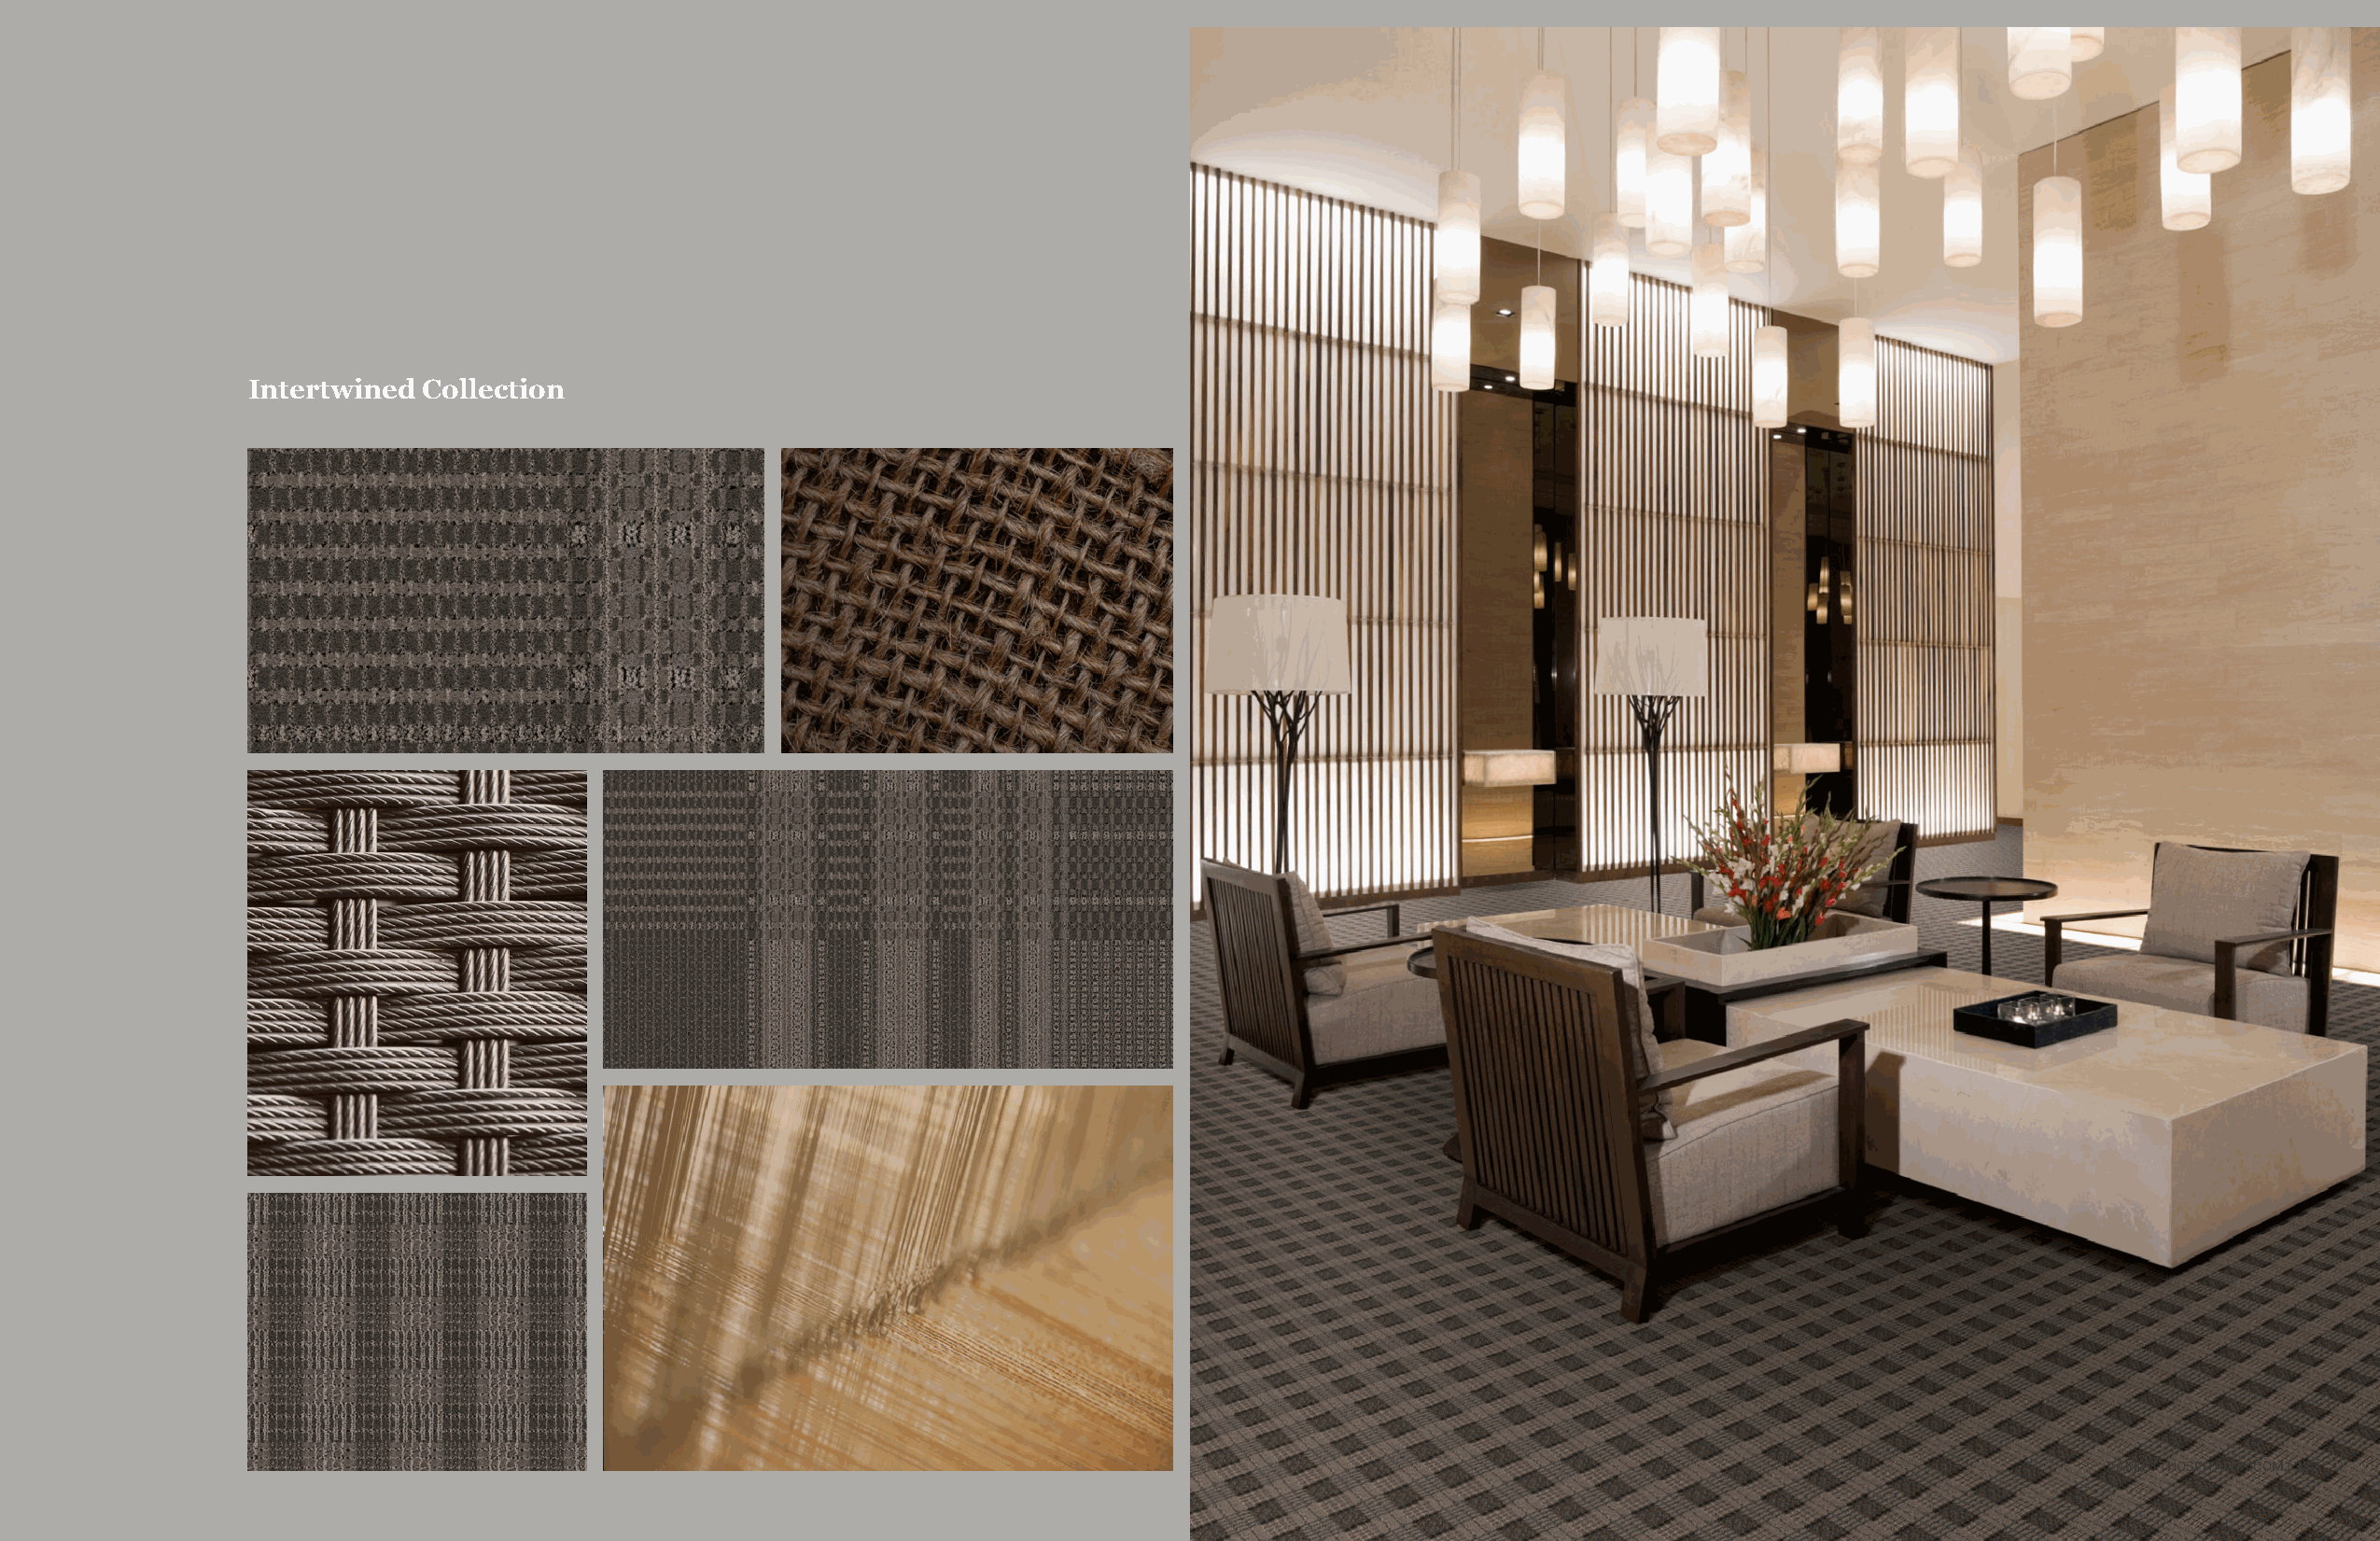
Broadloom | Public Space                                                             Broadloom | Public Space
 Intertwined Collection
 TARKETTHOSPITALITY.COM | 32                                                          TARKETTHOSPITALITY.COM | 33